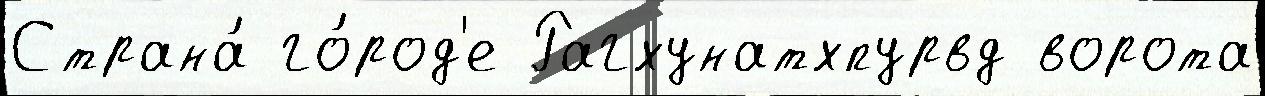
Страна́ го́род'е Рагхунатхпурвд ворота